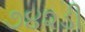
૭૪૨ડી